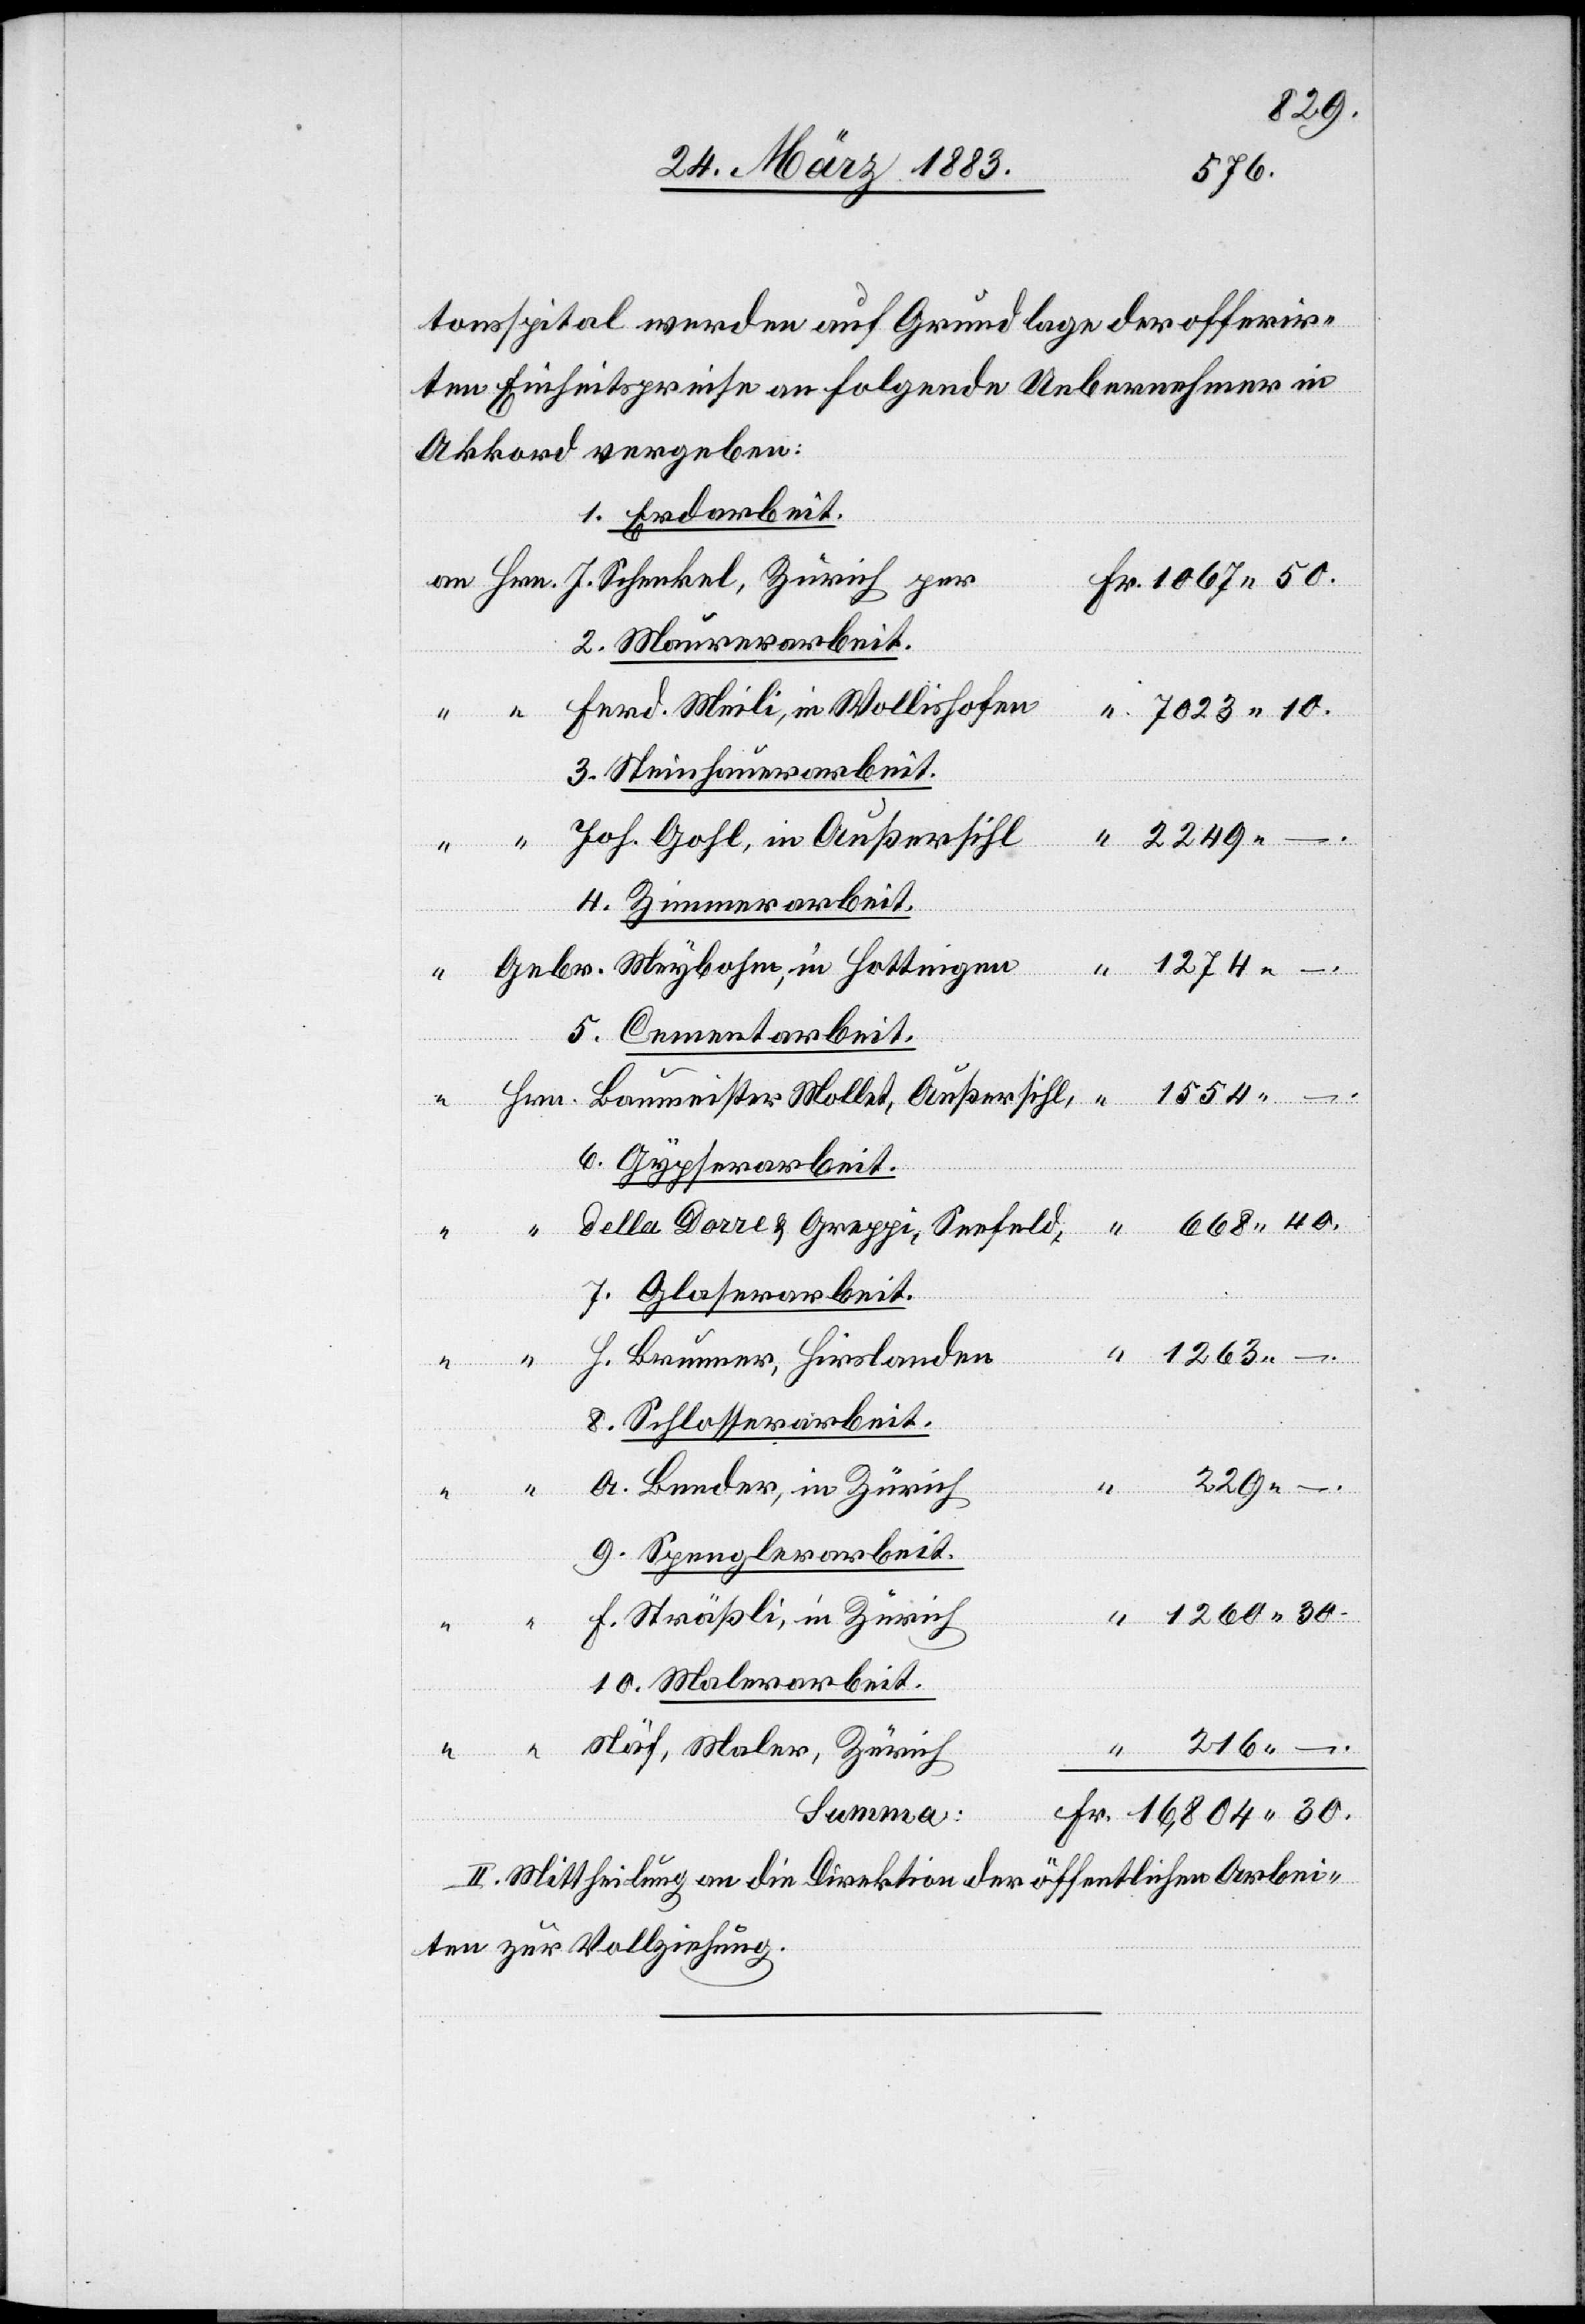
tonsspital werden auf Grundlage der offerir¬
ten Einheitspreise an folgende Uebernehmer in
Akkord vergeben:
1. Erdarbeit.
2. Maurerarbeit.
Ferd. Meili, in Wollishofen
3. Steinhauerarbeit.
Joh. Gohl, in Außersihl
“
Außersihl,
4. Zimmerarbeit.
216
–.
5. Cementarbeit.
6. Gypserarbeit.
7. Glaserarbeit.
1260
H. Brunner, Hirslanden
8. Schlosserarbeit.
30.
229
Fr.
A. Bender, in Zürich
9. Spenglerarbeit.
F. Sträßli, in Zürich
10. Malerarbeit.
Näf, Maler, Zürich
Summa:
II. Mittheilung an die Direktion der öffentlichen Arbei¬
ten zur Vollziehung.